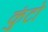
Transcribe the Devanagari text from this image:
कुंटो